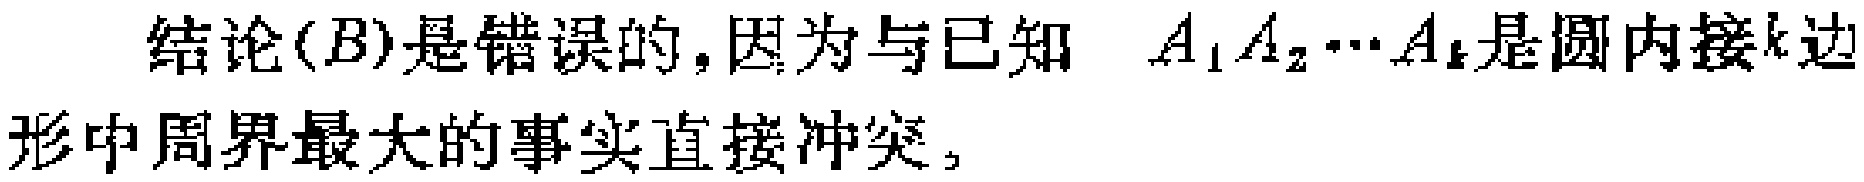
结论$(B)是错误的,因为与已知 \(A_{1}A_{2}\cdots A_{k}是圆内接k边\\形中周界最大的事实直接冲突,$